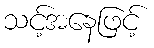
သင့်အနေဖြင့်